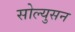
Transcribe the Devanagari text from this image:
सोल्युसन